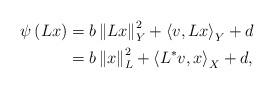
LaTeX: \begin{align*}\psi\left(Lx\right) &=b\left\Vert Lx\right\Vert_Y ^{2}+\left\langle v,Lx\right\rangle_Y +d\\& =b\left\Vert x\right\Vert_{L}^{2}+\left\langle L^{*}v,x\right\rangle_X +d,\end{align*}